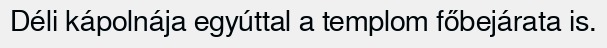
Déli kápolnája egyúttal a templom főbejárata is.